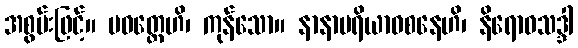
အစွမ်းဖြင့်။ ပဝတ္တေဟိ၊ ကုန်သော။ နာနာပရိယာဝစနေဟိ၊ နိရောဓသဒ္ဒါ